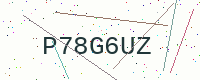
Text: P78G6UZ